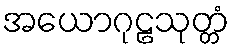
အယောဂုဠသုတ္တံ